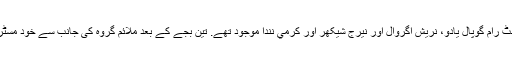
اکھلیش گروہ کی جانب سے راجیہ سبھا ممبر پارلیمنٹ رام گوپال یادو، نریش اگروال اور نیرج شیکھر اور كرمي نندا موجود تھے. تین بجے کے بعد ملائم گروہ کی جانب سے خود مسٹر ملائم سنگھ یادو اور مسٹر شیو پال یادو پیش هوئے۔